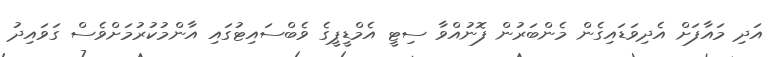
އަދި މައާފަށް އެދިވަޑައިގެން މެންބަރުން ފޮނުއްވާ ސިޓީ އެމްޑީޕީގެ ވެބްސައިޓުގައި އާންމުކުރުމަށްވެސް ގަވައިދު